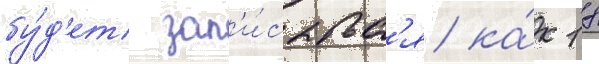
бу́д'ет зап'и́сыватьс'я ка́к 18